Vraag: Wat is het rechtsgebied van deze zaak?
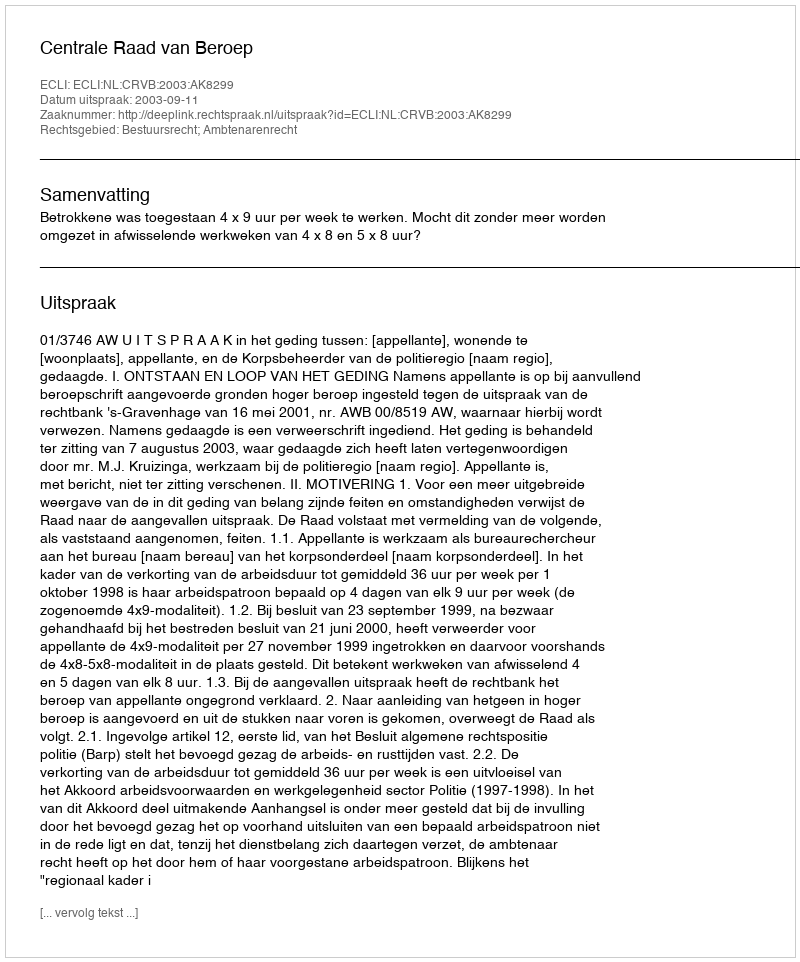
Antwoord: Bestuursrecht; Ambtenarenrecht